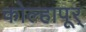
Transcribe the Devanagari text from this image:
कोल्हापूर्